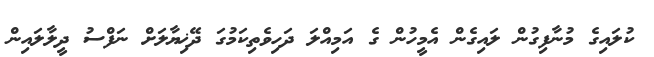
ކުލައިގެ މުނާފިގުން ލައިގެން އެމީހުން ގެ އަމިއްލަ ދަހިވެތިކަމުގަ ދޭޚިޔާލަށް ނަފްސު ދީލާލައިން